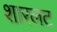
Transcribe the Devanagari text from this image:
शारलट